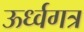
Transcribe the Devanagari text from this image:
ऊर्ध्वगत्र